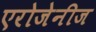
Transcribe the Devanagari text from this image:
एरोजेनीज